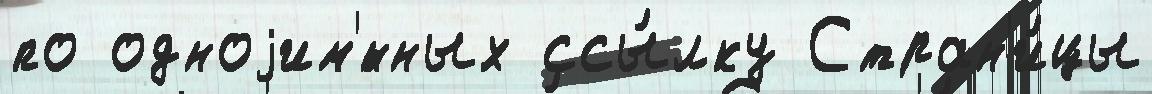
по одноjим'́нных ссы́лку Стран'и́цы